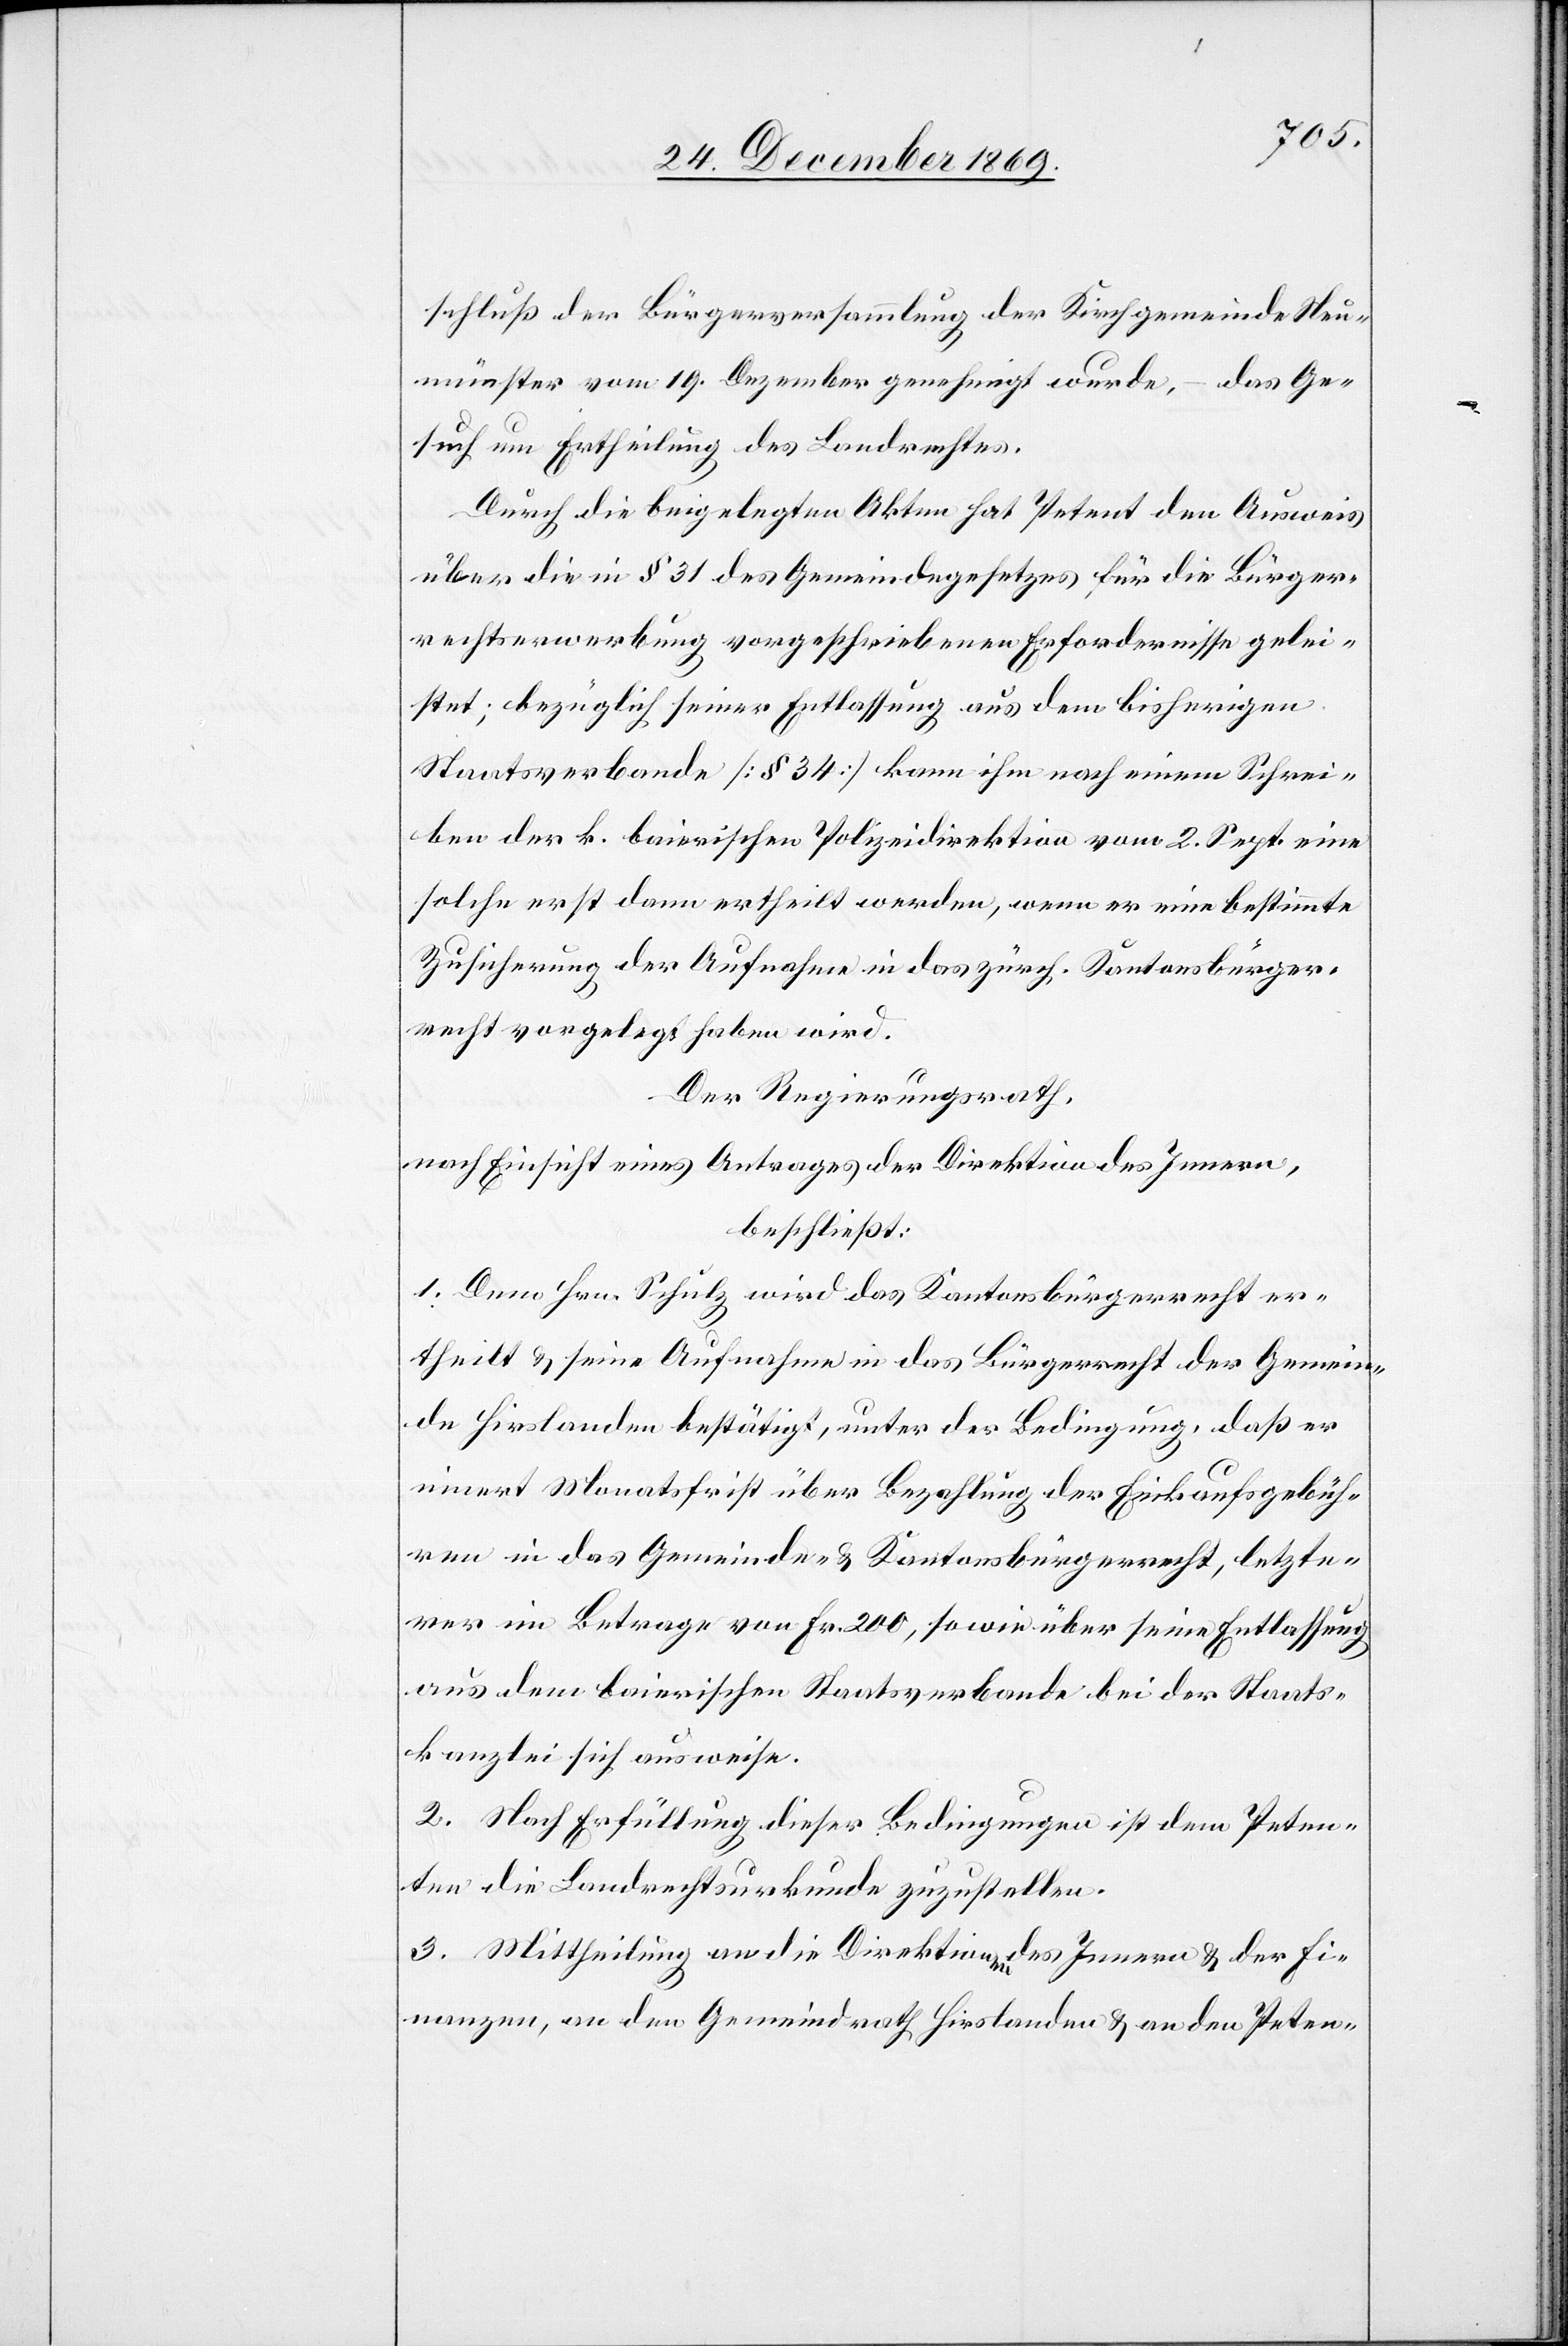
schluß der Bürgerversammlung der Kirchgemeinde Neu¬
münster vom 19. Dezember genehmigt wurde, – das Ge¬
such um Ertheilung des Landrechtes.
Durch die beigelegten Akten hat Petent den Ausweis
über die in § 31 des Gemeindegesetzes für die Bürger¬
rechtserwerbung vorgeschriebenen Erfordernisse gelei¬
stet; bezüglich seiner Entlassung aus dem bisherigen
Staatsverbande [§ 34] kann ihm nach einem Schrei¬
ben der k. baierischen Polizeidirektion vom 2. Sept. eine
solche erst dann ertheilt werden, wenn er eine bestimmte
Zusicherung der Aufnahme in das zürch. Kantonsbürger¬
recht vorgelegt haben wird.
Der Regierungsrath,
nach Einsicht eines Antrages der Direktion des Innern,
beschließt:
1. Dem Hrn. Schulz wird das Kantonsbürgerrecht er¬
theilt & seine Aufnahme in das Bürgerrecht der Gemein¬
de Hirslanden bestätigt, unter der Bedingung, daß er
innert Monatsfrist über Bezahlung der Einkaufsgebüh¬
ren in das Gemeinde- & Kantonsbürgerrecht, letzte¬
rer im Betrage von Fr. 200, sowie über seine Entlassung
aus dem baierischen Staatsverbande bei der Staats¬
kanzlei sich ausweise.
2. Nach Erfüllung dieser Bedingungen ist dem Peten¬
ten die Landrechtsurkunde zuzustellen.
3. Mittheilung an die Direktionen des Innern & der Fi¬
nanzen, an den Gemeindrath Hirslanden & an den Peten-